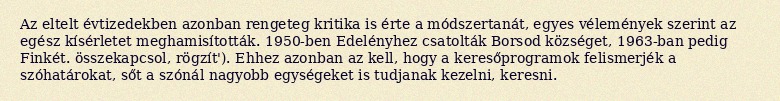
Az eltelt évtizedekben azonban rengeteg kritika is érte a módszertanát, egyes vélemények szerint az egész kísérletet meghamisították. 1950-ben Edelényhez csatolták Borsod községet, 1963-ban pedig Finkét. összekapcsol, rögzít'). Ehhez azonban az kell, hogy a keresőprogramok felismerjék a szóhatárokat, sőt a szónál nagyobb egységeket is tudjanak kezelni, keresni.